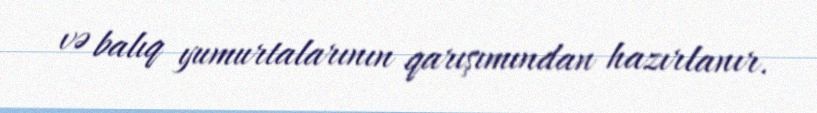
və balıq yumurtalarının qarışımından hazırlanır.